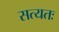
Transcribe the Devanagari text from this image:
सत्यतः